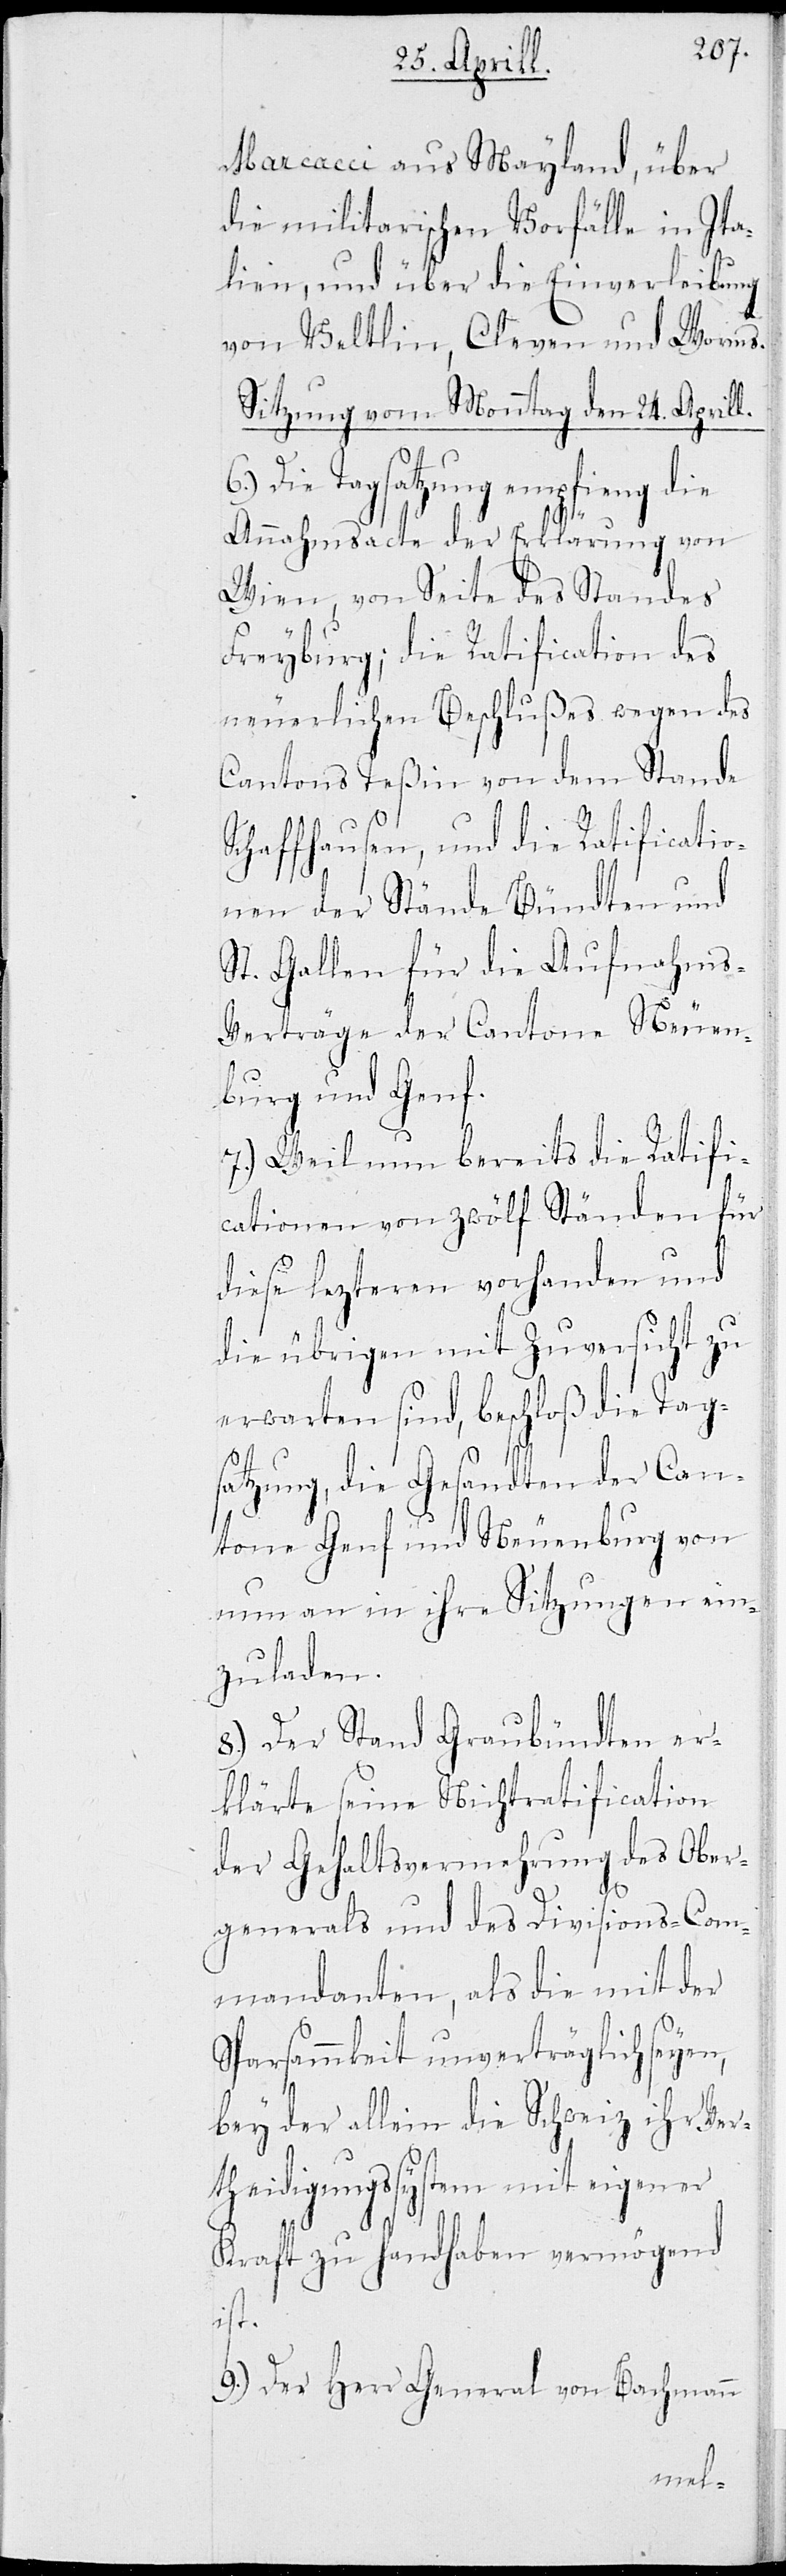
n Aprill.
Marcacci aus Mayland, über
die militarischen Vorfälle in Ita¬
lien, und über die Einverleibung
von Veltlin, Cleven und Worms.
Sitzung vom Monntag dem 24ste¬
Die Tagsatzung empfieng die
Annahmsacte der Erklärung von
Wien, von Seite des Standes
Freyburg; die Ratification des
neuerlichen Beschlußes wegen des
Cantons Teßin von dem Stande
Schaffhausen, und die Ratificatio¬
nen der Stände Bündten und
St. Gallen für die Aufnahms-V¬
erträge der Cantone Neuen¬
burg und Genf.
7.) Weil nun bereits die Ratifi¬
cationen von zwölf Ständen für
diese lezteren vorhanden und
die übrigen mit Zuversicht zu
erwarten sind, beschloß die Tag¬
satzung, die Gesandten der Can¬
tone Genf und Neuenburg von
nun an in ihre Sitzungen ein¬
zuladen.
8.) Der Stand Graubündten er¬
klärte seine Nichtratification
der Gehaltsvermehrung des Ober¬
generals und des Divisions-Com¬
mandanten, als die mit der
Sparsammkeit unverträglich seyen,
bey der allein die Schweiz ihr Ver¬
theidigungssystem mit eigener
Kraft zu handhaben vermögend
ist.
9.) Der Herr General von Bachmann